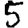
Digit: 5